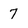
Character: 7